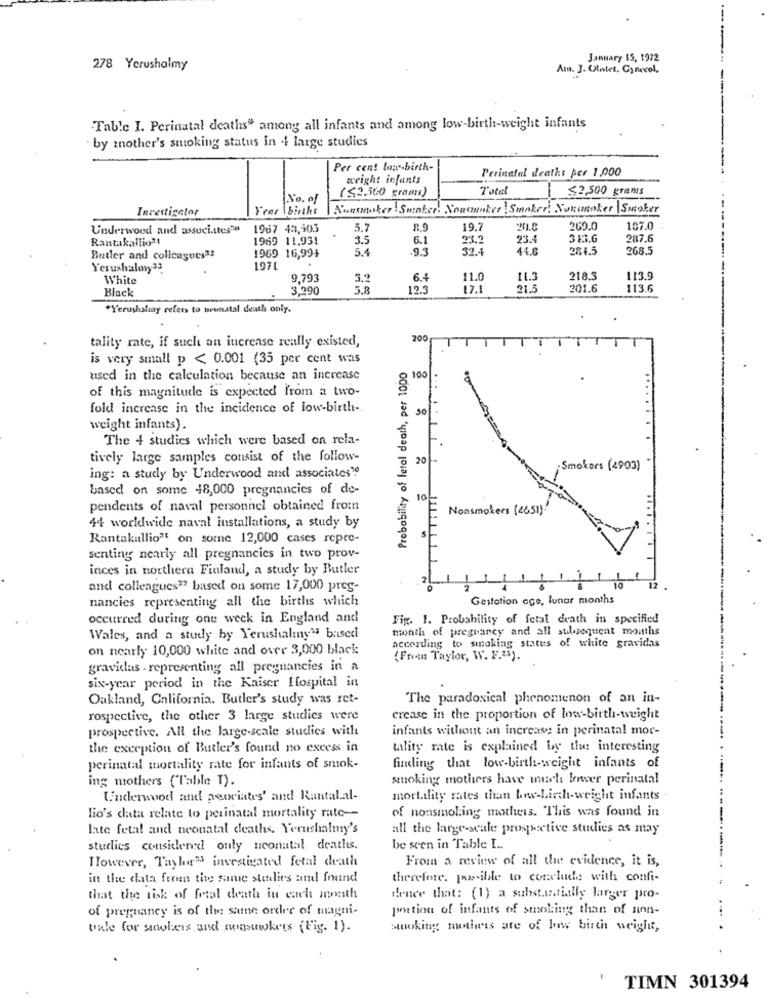
January $5, 1972
278 Yerushalmy
Am. J. Ulntet, Gynecol,
Table I. Perinatal deaths" among all infants and among low-birth-weight infants
by mother's smoking status in .+ large studies
Per cent law-birth-
Perinatal deaths per 1,000
weight infants
Totel
52,500 grans
No. of
(<2.560 grams)
Investigator
Frer \binthe
Nonsmoker ! Sweater. Noncumber ! Smaker! Nousanker |Smoker
Underwood and associates
1967 43,505
5.7
8.9
19.7
260.0
107.0
Rantakallio !!
1969 11.931
3.5
6.1
23.2
23.
31.6
287.6
5.4
.9.3
32.
44.5
281.5
268.5
Butler and colleagues ??
1969 16,994
Yerushalmy33
1971
White
9.793
3.2
6.4
11.0
218.3
113.9
Black
3.290
5.8
12.3
17.1
21.5
201.6
113.6
*Yerushaliny refers to prenatal death only.
tality rate, if such an increase really existed,
2007
is very small p < 0.001 (35 per cent was
Probability of fetal death, per 1000
used in the calculation because an increase
100
of this magnitude is expected from a two-
fold increase in the incidence of low-birth -.
weight infants).
The 4 studies which were based on rela-
tively large samples consist of the follow-
20
. Smokers (4903)
ing: a study by Underwood and associates"!
based on some 48,000 pregnancies of de-
10
pendents of naval personnel obtained from
Nonsmokers (4651).
44 worldwide naval installations, a study by
Rantakallio" on some 12,000 cases repre-
senting nearly all pregnancies in two prov-
inces in northera Finland, a study by Butler
and colleagues"? based on some 17,000 pres-
12
nancies representing all the births which
Gestation ege, lunar months
occurred during one week in England and
Fig. 1. Probability of fetal death in specified
month of pregnancy and all subsequent months
Wales, and a study by Yerushaliny" based
according to smoking status of white gravidas
on nearly 10,000 white and over 3,000 black
(Fran Taylor, W. F.3).
gravidas . representing all pregnancies in a
six-year period in the Kaiser Hospital in
Oakland, California. Butler's study was ret-
The paradoxical phenomenon of an in-
rospective, the other 3 large studies were
crease in the proportion of low-birth-weight
prospective. All the large-scale studies with
infants without an increase in perinatal mor-
the exception of Butler's found no excess in
tality rate is explained by the interesting
perinatal mortality rate for infants of smok-
finding that low-birth-weight infants of
ing mothers ("Table I).
smoking mothers have much lower perinatal
Underwood and peoriates' and Rantalal-
mortality rates than bwv-Lisch-weight infants .
of nonsmoking mothers. This was found in
lio's data relate to perinatal mortality rate-
late fetal and neonatal deaths. Yerushalmy's
all the large-scale prospective studies as may
studies considered only neonatal deaths.
be seen in Table I ..
However, Thyhar" investigated fetal death
From a review of all the evidence, it is,
in the data from the same studies and found
therefore. puoible to conclude with confi-
that the risk of fetal death in each month
denee that: (1) a substantially larger pro-
of pregnancy is of the same order of magni-
portion of infants of smoking than of non-
tale for smokers and nogouwkers (Fig. 1).
Stuoking montiwis ate of law birth weight,
TIMN 301394